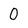
Character: 0